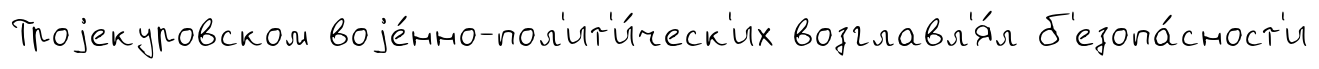
Троjекуровском воjе́нно-пол'ит'и́ческ'их возглавл'я́л б'езопа́сност'и